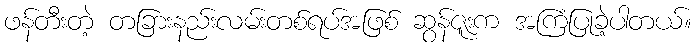
ဖန်တီးတဲ့ တခြားနည်းလမ်းတစ်ရပ်အဖြစ် ဆွန်ဇူးက အကြံပြုခဲ့ပါတယ်။